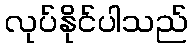
လုပ်နိုင်ပါသည်